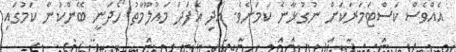
އެއްވެސް ކަސްޓަމަރަކަށް ނުގުޅާނެ ކަމަށެވެ. އަދި އެފަދަ މައުލޫމާތު ހޯދަނީ ބޭންކުން ކަމުގައި